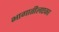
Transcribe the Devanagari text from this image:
भागातीलएका